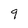
Character: 9